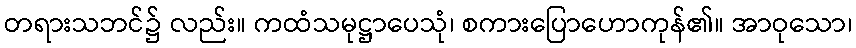
တရားသဘင်၌ လည်း။ ကထံသမုဋ္ဌာပေသုံ၊ စကားပြောဟောကုန်၏။ အာဝုသော၊